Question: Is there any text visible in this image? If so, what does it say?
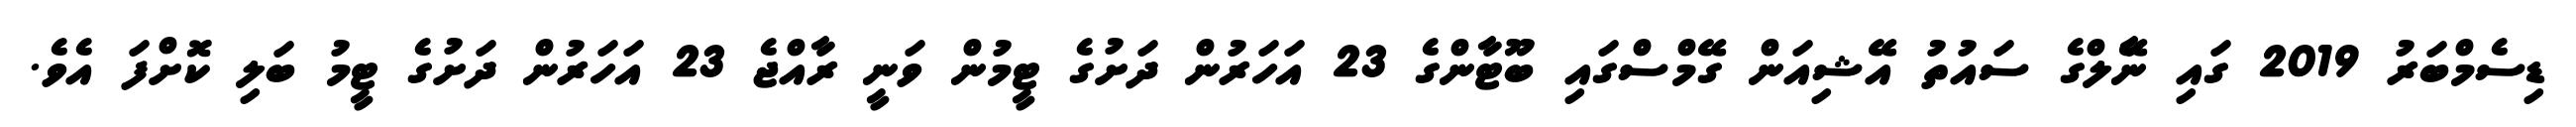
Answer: ޑިސެމްބަރު 2019 ގައި ނޭާލްގެ ސައުތު އޭޝިއަން ގޭމްސްގައި ބޫޓާންގެ 23 އަހަރުން ދަށުގެ ޓީމުން ވަނީ ރާއްޖެ 23 އަހަރުން ދަށުގެ ޓީމު ބަލި ކޮށްފަ އެވެ.